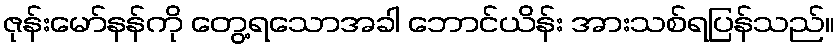
ဇုန်းမော်နန်ကို တွေ့ရသောအခါ ဘောင်ယိန်း အားသစ်ရပြန်သည်။